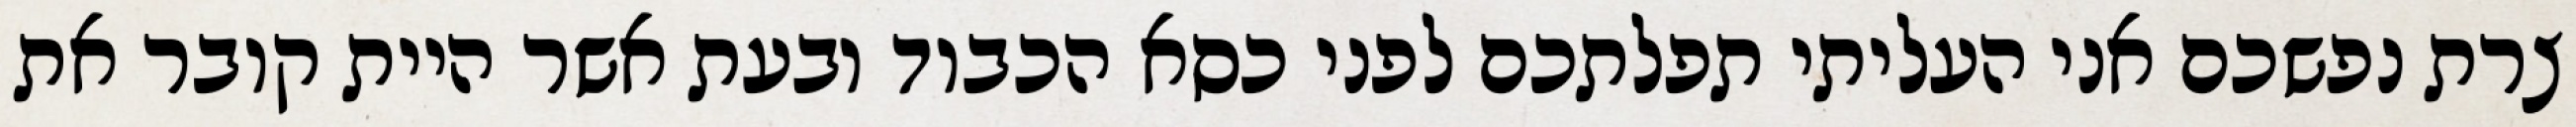
צרת נפשכם אני העליתי תפלתכם לפני כסא הכבוד ובעת אשר היית קובר את